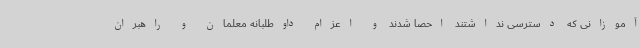
آموزانی که دسترسی نداشتند احصا شدند و اعزام داوطلبانه معلمان و راهبران